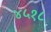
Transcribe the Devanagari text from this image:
४५१८